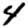
Digit: 4